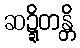
ဆဍ္ဍိတန္တိ